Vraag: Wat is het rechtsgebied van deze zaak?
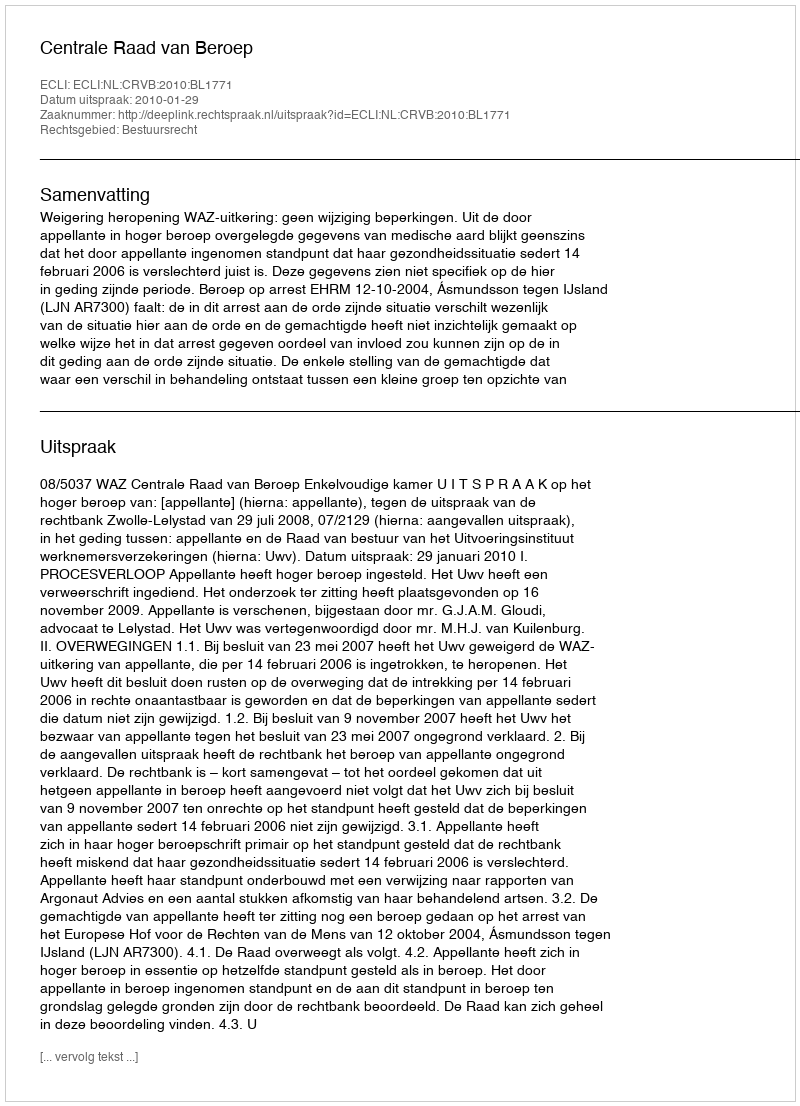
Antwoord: Bestuursrecht